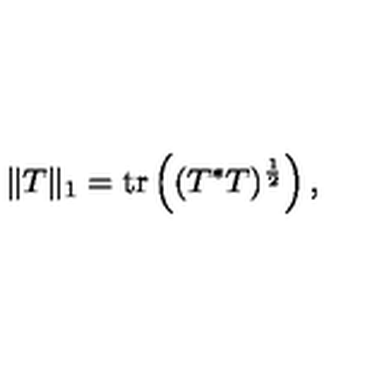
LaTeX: \| T \| _ { 1 } = \mathrm { t r } \left( ( T ^ { * } T ) ^ { \frac { 1 } { 2 } } \right) ,